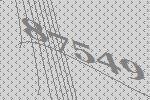
87549